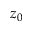
z _ { 0 }